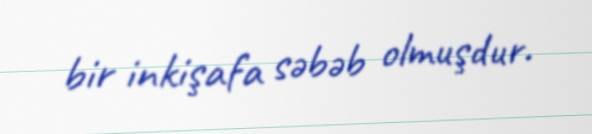
bir inkişafa səbəb olmuşdur.